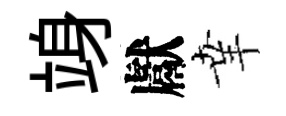
竧獻𦍒